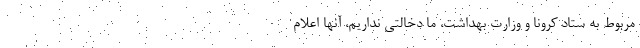
مربوط به ستاد کرونا و وزارت بهداشت، ما دخالتی نداریم، آنها اعلام